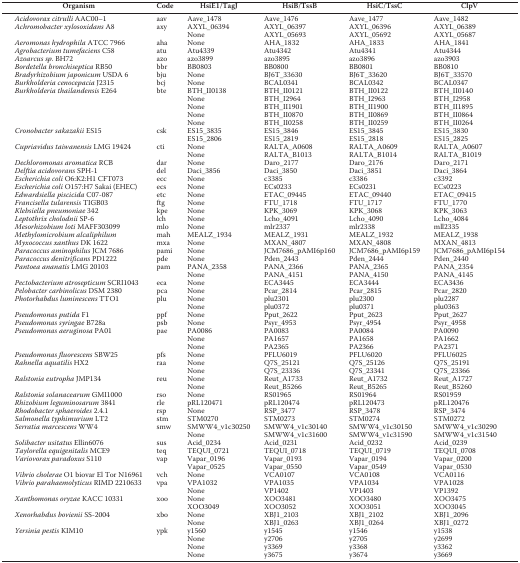
<table><thead><tr><td><b>Organism</b></td><td><b>Code</b></td><td><b>HsiE1/TagJ</b></td><td><b>HsiB/TssB</b></td><td><b>HsiC/TssC</b></td><td><b>ClpV</b></td></tr></thead><tbody><tr><td><i>Acidovorax citrulli</i> AAC00–1</td><td>aav</td><td>Aave_1478</td><td>Aave_1476</td><td>Aave_1477</td><td>Aave_1482</td></tr><tr><td><i>Achromobacter xylosoxidans</i> A8</td><td>axy</td><td>AXYL_06394</td><td>AXYL_06397</td><td>AXYL_06396</td><td>AXYL_06389</td></tr><tr><td></td><td></td><td>None</td><td>AXYL_05693</td><td>AXYL_05692</td><td>AXYL_05687</td></tr><tr><td><i>Aeromonas hydrophila</i> ATCC 7966</td><td>aha</td><td>None</td><td>AHA_1832</td><td>AHA_1833</td><td>AHA_1841</td></tr><tr><td><i>Agrobacterium tumefaciens</i> C58</td><td>atu</td><td>Atu4339</td><td>Atu4342</td><td>Atu4341</td><td>Atu4344</td></tr><tr><td><i>Azoarcus sp</i>. BH72</td><td>azo</td><td>azo3899</td><td>azo3895</td><td>azo3896</td><td>azo3903</td></tr><tr><td><i>Bordetella bronchiseptica</i> RB50</td><td>bbr</td><td>BB0803</td><td>BB0800</td><td>BB0801</td><td>BB0810</td></tr><tr><td><i>Bradyrhizobium japonicum</i> USDA 6</td><td>bju</td><td>None</td><td>BJ6T_33630</td><td>BJ6T_33620</td><td>BJ6T_33570</td></tr><tr><td><i>Burkholderia cenocepacia</i> J2315</td><td>bcj</td><td>None</td><td>BCAL0341</td><td>BCAL0342</td><td>BCAL0347</td></tr><tr><td><i>Burkholderia thailandensis</i> E264</td><td>bte</td><td>BTH_II0138</td><td>BTH_II0121</td><td>BTH_II0122</td><td>BTH_II0140</td></tr><tr><td></td><td></td><td>None</td><td>BTH_I2964</td><td>BTH_I2963</td><td>BTH_I2958</td></tr><tr><td></td><td></td><td>None</td><td>BTH_II1901</td><td>BTH_II1900</td><td>BTH_II1895</td></tr><tr><td></td><td></td><td>None</td><td>BTH_II0870</td><td>BTH_II0869</td><td>BTH_II0864</td></tr><tr><td></td><td></td><td>None</td><td>BTH_II0258</td><td>BTH_II0259</td><td>BTH_II0264</td></tr><tr><td><i>Cronobacter sakazakii</i> ES15</td><td>csk</td><td>ES15_3835</td><td>ES15_3846</td><td>ES15_3845</td><td>ES15_3830</td></tr><tr><td></td><td></td><td>ES15_2806</td><td>ES15_2819</td><td>ES15_2818</td><td>ES15_2825</td></tr><tr><td><i>Cupriavidus taiwanensis</i> LMG 19424</td><td>cti</td><td>None</td><td>RALTA_A0608</td><td>RALTA_A0609</td><td>RALTA_A0607</td></tr><tr><td></td><td></td><td>None</td><td>RALTA_B1013</td><td>RALTA_B1014</td><td>RALTA_B1019</td></tr><tr><td><i>Dechloromonas aromatica</i> RCB</td><td>dar</td><td>None</td><td>Daro_2177</td><td>Daro_2176</td><td>Daro_2171</td></tr><tr><td><i>Delftia acidovorans</i> SPH-1</td><td>del</td><td>Daci_3856</td><td>Daci_3850</td><td>Daci_3851</td><td>Daci_3864</td></tr><tr><td><i>Escherichia coli</i> O6:K2:H1 CFT073</td><td>ecc</td><td>None</td><td>c3385</td><td>c3386</td><td>c3392</td></tr><tr><td><i>Escherichia coli</i> O157:H7 Sakai (EHEC)</td><td>ecs</td><td>None</td><td>ECs0233</td><td>ECs0231</td><td>ECs0223</td></tr><tr><td><i>Edwardsiella piscicida</i> C07-087</td><td>etc</td><td>None</td><td>ETAC_09445</td><td>ETAC_09440</td><td>ETAC_09415</td></tr><tr><td><i>Francisella tularensis</i> TIGB03</td><td>ftg</td><td>None</td><td>FTU_1718</td><td>FTU_1717</td><td>FTU_1770</td></tr><tr><td><i>Klebsiella pneumoniae</i> 342</td><td>kpe</td><td>None</td><td>KPK_3069</td><td>KPK_3068</td><td>KPK_3063</td></tr><tr><td><i>Leptothrix cholodnii</i> SP-6</td><td>lch</td><td>None</td><td>Lcho_4091</td><td>Lcho_4090</td><td>Lcho_4084</td></tr><tr><td><i>Mesorhizobium loti</i> MAFF303099</td><td>mlo</td><td>None</td><td>mlr2337</td><td>mlr2338</td><td>mll2335</td></tr><tr><td><i>Methylomicrobium alcaliphilum</i></td><td>mah</td><td>MEALZ_1934</td><td>MEALZ_1931</td><td>MEALZ_1932</td><td>MEALZ_1938</td></tr><tr><td><i>Myxococcus xanthus</i> DK 1622</td><td>mxa</td><td>None</td><td>MXAN_4807</td><td>MXAN_4808</td><td>MXAN_4813</td></tr><tr><td><i>Paracoccus aminophilus</i> JCM 7686</td><td>pami</td><td>None</td><td>JCM7686_pAMI6p160</td><td>JCM7686_pAMI6p159</td><td>JCM7686_pAMI6p154</td></tr><tr><td><i>Paracoccus denitrificans</i> PD1222</td><td>pde</td><td>None</td><td>Pden_2443</td><td>Pden_2444</td><td>Pden_2440</td></tr><tr><td><i>Pantoea ananatis</i> LMG 20103</td><td>pam</td><td>PANA_2358</td><td>PANA_2366</td><td>PANA_2365</td><td>PANA_2354</td></tr><tr><td></td><td></td><td>None</td><td>PANA_4151</td><td>PANA_4150</td><td>PANA_4145</td></tr><tr><td><i>Pectobacterium atrosepticum</i> SCRI1043</td><td>eca</td><td>None</td><td>ECA3445</td><td>ECA3444</td><td>ECA3436</td></tr><tr><td><i>Pelobacter carbinolicus</i> DSM 2380</td><td>pca</td><td>None</td><td>Pcar_2814</td><td>Pcar_2815</td><td>Pcar_2820</td></tr><tr><td><i>Photorhabdus luminescens</i> TTO1</td><td>plu</td><td>None</td><td>plu2301</td><td>plu2300</td><td>plu2287</td></tr><tr><td></td><td></td><td>None</td><td>plu0372</td><td>plu0371</td><td>plu0363</td></tr><tr><td><i>Pseudomonas putida</i> F1</td><td>ppf</td><td>None</td><td>Pput_2622</td><td>Pput_2623</td><td>Pput_2627</td></tr><tr><td><i>Pseudomonas syringae</i> B728a</td><td>psb</td><td>None</td><td>Psyr_4953</td><td>Psyr_4954</td><td>Psyr_4958</td></tr><tr><td><i>Pseudomonas aeruginosa</i> PA01</td><td>pae</td><td>PA0086</td><td>PA0083</td><td>PA0084</td><td>PA0090</td></tr><tr><td></td><td></td><td>None</td><td>PA1657</td><td>PA1658</td><td>PA1662</td></tr><tr><td></td><td></td><td>None</td><td>PA2365</td><td>PA2366</td><td>PA2371</td></tr><tr><td><i>Pseudomonas fluorescens</i> SBW25</td><td>pfs</td><td>None</td><td>PFLU6019</td><td>PFLU6020</td><td>PFLU6025</td></tr><tr><td><i>Rahnella aquatilis</i> HX2</td><td>raa</td><td>None</td><td>Q7S_25121</td><td>Q7S_25126</td><td>Q7S_25191</td></tr><tr><td></td><td></td><td>None</td><td>Q7S_23336</td><td>Q7S_23341</td><td>Q7S_23366</td></tr><tr><td><i>Ralstonia eutropha</i> JMP134</td><td>reu</td><td>None</td><td>Reut_A1733</td><td>Reut_A1732</td><td>Reut_A1727</td></tr><tr><td></td><td></td><td>None</td><td>Reut_B5266</td><td>Reut_B5265</td><td>Reut_B5260</td></tr><tr><td><i>Ralstonia solanacearum</i> GMI1000</td><td>rso</td><td>None</td><td>RS01965</td><td>RS01964</td><td>RS01959</td></tr><tr><td><i>Rhizobium leguminosarum</i> 3841</td><td>rle</td><td>pRL120471</td><td>pRL120474</td><td>pRL120473</td><td>pRL120476</td></tr><tr><td><i>Rhodobacter sphaeroides</i> 2.4.1</td><td>rsp</td><td>None</td><td>RSP_3477</td><td>RSP_3478</td><td>RSP_3474</td></tr><tr><td><i>Salmonella typhimurium</i> LT2</td><td>stm</td><td>STM0270</td><td>STM0273</td><td>STM0274</td><td>STM0272</td></tr><tr><td><i>Serratia marcescens</i> WW4</td><td>smw</td><td>SMWW4_v1c30250</td><td>SMWW4_v1c30140</td><td>SMWW4_v1c30150</td><td>SMWW4_v1c30290</td></tr><tr><td></td><td></td><td>None</td><td>SMWW4_v1c31600</td><td>SMWW4_v1c31590</td><td>SMWW4_v1c31540</td></tr><tr><td><i>Solibacter usitatus</i> Ellin6076</td><td>sus</td><td>Acid_0234</td><td>Acid_0231</td><td>Acid_0232</td><td>Acid_0239</td></tr><tr><td><i>Taylorella equigenitalis</i> MCE9</td><td>teq</td><td>TEQUI_0721</td><td>TEQUI_0718</td><td>TEQUI_0719</td><td>TEQUI_0708</td></tr><tr><td rowspan="2"><i>Variovorax paradoxus</i> S110</td><td rowspan="2">vap</td><td>Vapar_0196</td><td>Vapar_0193</td><td>Vapar_0194</td><td>Vapar_0200</td></tr><tr><td>Vapar_0525</td><td>Vapar_0550</td><td>Vapar_0549</td><td>Vapar_0530</td></tr><tr><td><i>Vibrio cholerae</i> O1 biovar El Tor N16961</td><td>vch</td><td>None</td><td>VCA0107</td><td>VCA0108</td><td>VCA0116</td></tr><tr><td rowspan="2"><i>Vibrio parahaemolyticus</i> RIMD 2210633</td><td rowspan="2">vpa</td><td>VPA1032</td><td>VPA1035</td><td>VPA1034</td><td>VPA1028</td></tr><tr><td>None</td><td>VP1402</td><td>VP1403</td><td>VP1392</td></tr><tr><td rowspan="2"><i>Xanthomonas oryzae</i> KACC 10331</td><td rowspan="2">xoo</td><td>None</td><td>XOO3481</td><td>XOO3480</td><td>XOO3475</td></tr><tr><td>XOO3049</td><td>XOO3052</td><td>XOO3051</td><td>XOO3045</td></tr><tr><td><i>Xenorhabdus bovienii</i> SS-2004</td><td>xbo</td><td>None</td><td>XBJ1_2103</td><td>XBJ1_2102</td><td>XBJ1_2096</td></tr><tr><td></td><td></td><td>None</td><td>XBJ1_0263</td><td>XBJ1_0264</td><td>XBJ1_0272</td></tr><tr><td><i>Yersinia pestis</i> KIM10</td><td>ypk</td><td>y1560</td><td>y1545</td><td>y1546</td><td>y1538</td></tr><tr><td></td><td></td><td>None</td><td>y2706</td><td>y2705</td><td>y2699</td></tr><tr><td></td><td></td><td>None</td><td>y3369</td><td>y3368</td><td>y3362</td></tr><tr><td></td><td></td><td>None</td><td>y3675</td><td>y3674</td><td>y3669</td></tr></tbody></table>